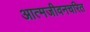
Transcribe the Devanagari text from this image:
आत्मजीवनचरित